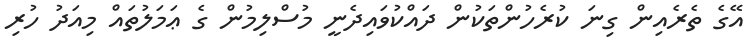
އޭގެ ތެރެއިން ގިނަ ކުރެހުންތަކުން ދައްކުވައިދެނީ މުސްލިމުން ގެ ޢަމަލުތައް މިއަދު ހުރި